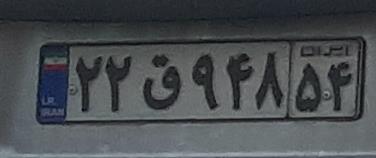
۲۲ق۹۴۸۵۴